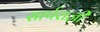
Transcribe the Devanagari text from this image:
सार्पराज्ञी